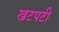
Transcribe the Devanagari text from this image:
खटपटी